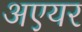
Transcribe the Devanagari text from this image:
अएयर